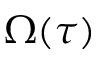
\Omega ( \tau )